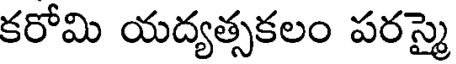
కరోమి యద్యత్సకలం పరస్మై